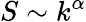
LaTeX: S\sim k^{\alpha}